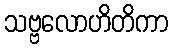
သဗ္ဗလောဟိတိကာ